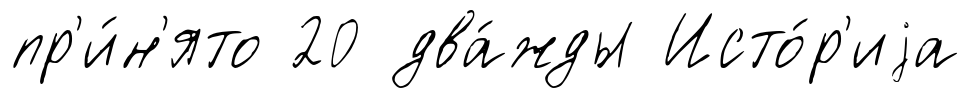
пр'и́н'ято 20 два́жды Исто́р'иjа